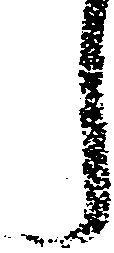
し